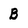
Character: B